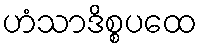
ဟံသာဒိစ္စပထေ